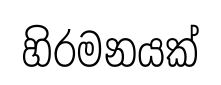
හිරමනයක්